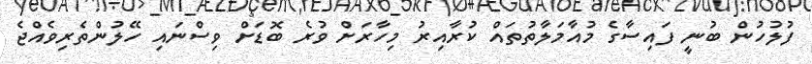
ފުލުހުން ބުނީ ފައިސާގެ މުއާމަލާތުތައް ކުރާއިރު މިހާރަށް ވުރެ ބޮޑަށް ވިސްނައި ހޭލުންތެރިވެއްޖެ